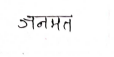
मजकूर: जनमत